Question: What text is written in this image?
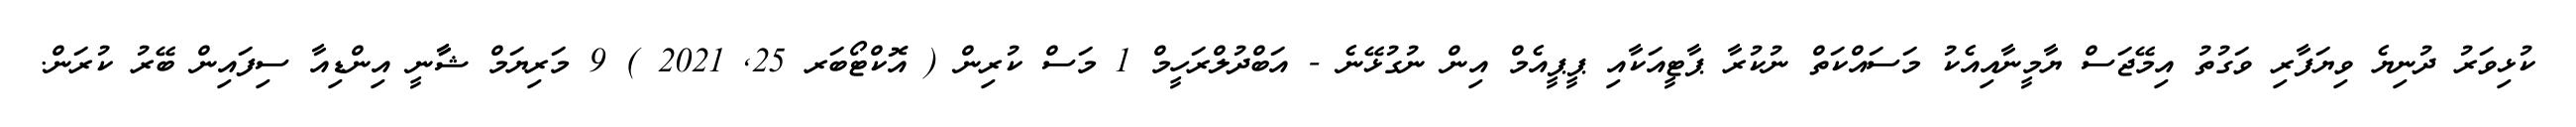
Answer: ކުޅިވަރު ދުނިޔެ ވިޔަފާރި ވަގުތު އިމޭޖަސް ޔާމީނާއިއެކު މަސައްކަތް ނުކުރާ ޕާޓީއަކާއި ޕީޕީއެމް އިން ނުގުޅޭނެ - އަބްދުލްރަހީމް 1 މަސް ކުރިން ( އޮކްޓޯބަރ 25, 2021 ) 9 މަރިޔަމް ޝާާނީ އިންޑިއާ ސިފައިން ބޭރު ކުރަން.